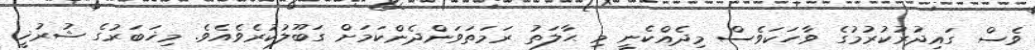
ވެސް ގައިދުރުކުރުމުގެ ވާހަކަވެސް މިދެއްކެނީ މި ޙާލަތު ރަމަތަވަންދެންކަމަށް ގަބޫލުކުރެވެއެވެ. މިޚަބަރުގެ ޝުރުޚީ